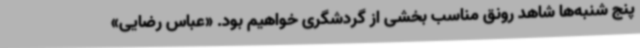
پنج شنبه‌ها شاهد رونق مناسب بخشی از گردشگری خواهیم بود. «عباس رضایی»